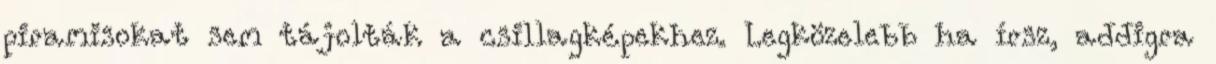
piramisokat sem tájolták a csillagképekhez. Legközelebb ha írsz, addigra